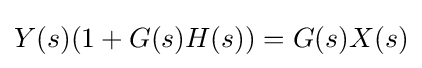
Y(s)(1+G(s)H(s))=G(s)X(s)